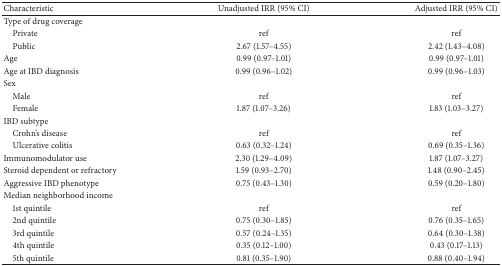
<table><thead><tr><td><b>Characteristic</b></td><td><b>Unadjusted IRR (95% CI)</b></td><td><b>Adjusted IRR (95% CI)</b></td></tr></thead><tbody><tr><td>Type of drug coverage</td><td> </td><td> </td></tr><tr><td> Private</td><td>ref</td><td>ref</td></tr><tr><td> Public</td><td>2.67 (1.57–4.55)</td><td>2.42 (1.43–4.08)</td></tr><tr><td>Age</td><td>0.99 (0.97–1.01)</td><td>0.99 (0.97–1.01)</td></tr><tr><td>Age at IBD diagnosis</td><td>0.99 (0.96–1.02)</td><td>0.99 (0.96–1.03)</td></tr><tr><td>Sex</td><td> </td><td> </td></tr><tr><td> Male</td><td>ref</td><td>ref</td></tr><tr><td> Female</td><td>1.87 (1.07–3.26)</td><td>1.83 (1.03–3.27)</td></tr><tr><td>IBD subtype</td><td> </td><td> </td></tr><tr><td> Crohn&#x27;s disease</td><td>ref</td><td>ref</td></tr><tr><td> Ulcerative colitis</td><td>0.63 (0.32–1.24)</td><td>0.69 (0.35–1.36)</td></tr><tr><td>Immunomodulator use</td><td>2.30 (1.29–4.09)</td><td>1.87 (1.07–3.27)</td></tr><tr><td>Steroid dependent or refractory</td><td>1.59 (0.93–2.70)</td><td>1.48 (0.90–2.45)</td></tr><tr><td>Aggressive IBD phenotype</td><td>0.75 (0.43–1.30)</td><td>0.59 (0.20–1.80)</td></tr><tr><td>Median neighborhood income</td><td> </td><td> </td></tr><tr><td> 1st quintile</td><td>ref</td><td>ref</td></tr><tr><td> 2nd quintile</td><td>0.75 (0.30–1.85)</td><td>0.76 (0.35–1.65)</td></tr><tr><td> 3rd quintile</td><td>0.57 (0.24–1.35)</td><td>0.64 (0.30–1.38)</td></tr><tr><td> 4th quintile</td><td>0.35 (0.12–1.00)</td><td>0.43 (0.17–1.13)</td></tr><tr><td> 5th quintile</td><td>0.81 (0.35–1.90)</td><td>0.88 (0.40–1.94)</td></tr></tbody></table>